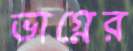
ভাগ্নের